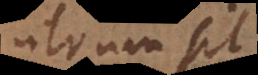
utrum sit